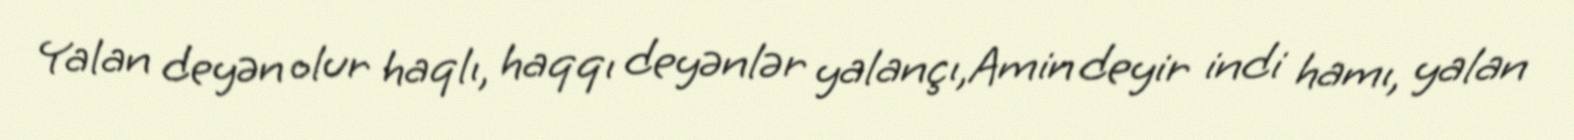
Yalan deyən olur haqlı, haqqı deyənlər yalançı,Amin deyir indi hamı, yalan